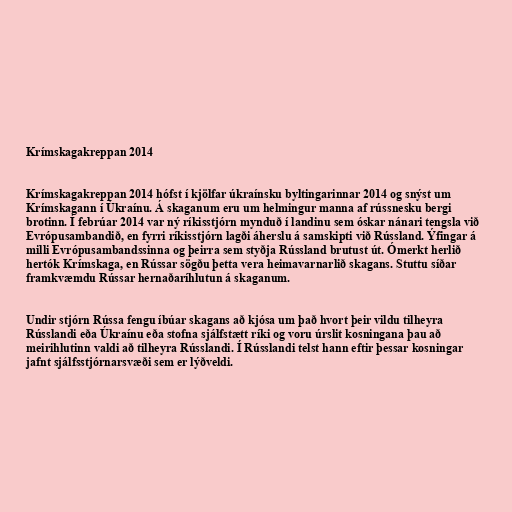
Krímskagakreppan 2014

Krímskagakreppan 2014 hófst í kjölfar úkraínsku byltingarinnar 2014 og snýst um
Krímskagann í Úkraínu. Á skaganum eru um helmingur manna af rússnesku bergi
brotinn. Í febrúar 2014 var ný ríkisstjórn mynduð í landinu sem óskar nánari tengsla við
Evrópusambandið, en fyrri ríkisstjórn lagði áherslu á samskipti við Rússland. Ýfingar á
milli Evrópusambandssinna og þeirra sem styðja Rússland brutust út. Ómerkt herlið
hertók Krímskaga, en Rússar sögðu þetta vera heimavarnarlið skagans. Stuttu síðar
framkvæmdu Rússar hernaðaríhlutun á skaganum.

Undir stjórn Rússa fengu íbúar skagans að kjósa um það hvort þeir vildu tilheyra
Rússlandi eða Úkraínu eða stofna sjálfstætt ríki og voru úrslit kosningana þau að
meirihlutinn valdi að tilheyra Rússlandi. Í Rússlandi telst hann eftir þessar kosningar
jafnt sjálfsstjórnarsvæði sem er lýðveldi.